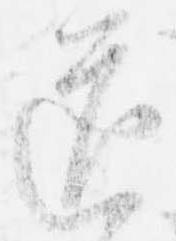
道